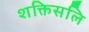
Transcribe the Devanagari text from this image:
शक्तिसलि